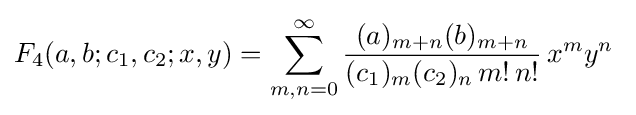
F_{4}(a,b;c_{1},c_{2};x,y)=\sum _{m,n=0}^{\infty }{\frac {(a)_{m+n}(b)_{m+n}}{(c_{1})_{m}(c_{2})_{n}\,m!\,n!}}\,x^{m}y^{n}~